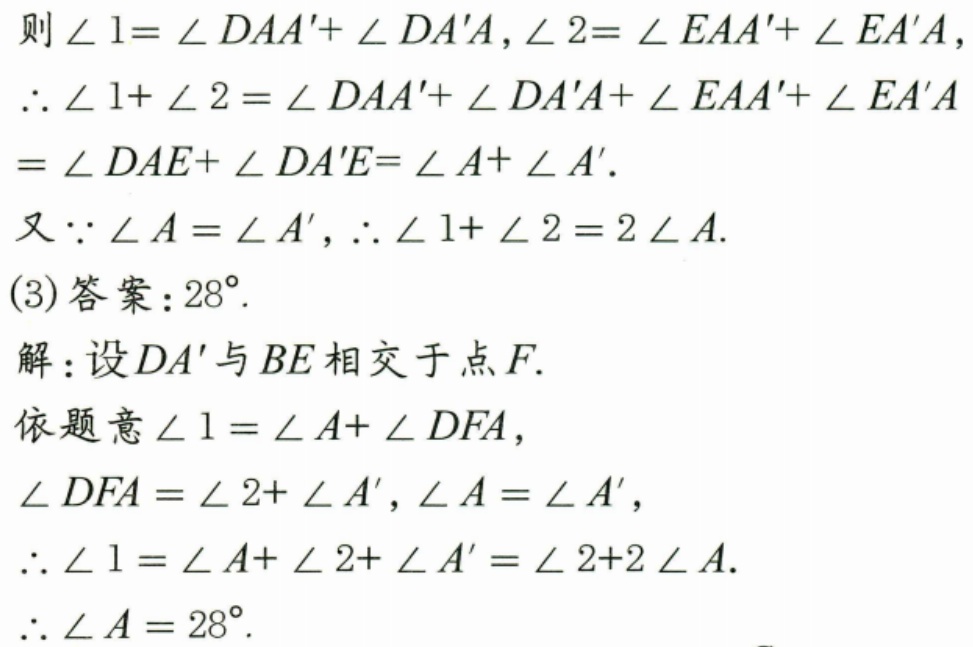
则$\angle 1 = \angle DAA' + \angle DA'A$, $\angle 2 = \angle EAA' + \angle EA'A$,
$\therefore \angle 1+\angle 2 = \angle DAA' + \angle DA'A+\angle EAA' + \angle EA'A$
$= \angle DAE+\angle DA'E=\angle A+\angle A'$.
又$\because \angle A = \angle A'$, $\therefore \angle 1+\angle 2 = 2\angle A$.
(3)答案：$28^{\circ}$.
解：设$DA'$与$BE$相交于点$F$.
依题意$\angle 1 = \angle A+\angle DFA$，
$\angle DFA = \angle 2+\angle A'$, $\angle A = \angle A'$，
$\therefore \angle 1 = \angle A+\angle 2+\angle A' = \angle 2 + 2\angle A$.
$\therefore \angle A = 28^{\circ}$.